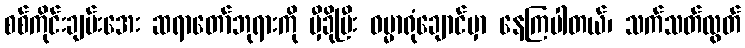
စစ်ကိုင်းချမ်းအေး ဆရာတော်ဘုရားကို မှီခိုပြီး ဓမ္မာရုံချောင်မှာ နေကြပါတယ်၊ သက်သတ်လွတ်